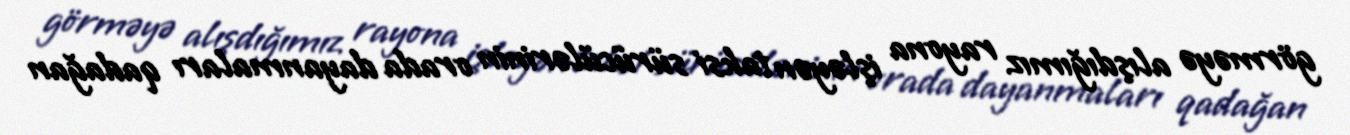
görməyə alışdığımız rayona işləyən taksi sürücülərinin orada dayanmaları qadağan